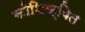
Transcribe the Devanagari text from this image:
कोशिक्षित